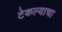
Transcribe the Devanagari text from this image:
टेकल्याचा